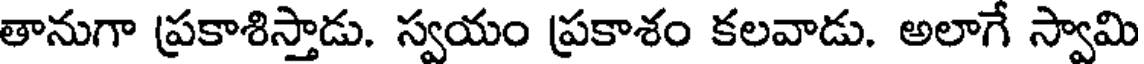
తానుగా ప్రకాశిస్తాడు. స్వయం ప్రకాశం కలవాడు. అలాగే స్వామి